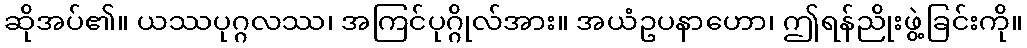
ဆိုအပ်၏။ ယဿပုဂ္ဂလဿ၊ အကြင်ပုဂ္ဂိုလ်အား။ အယံဥပနာဟော၊ ဤရန်ညိုးဖွဲ့ခြင်းကို။